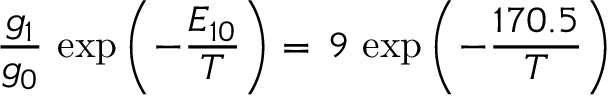
\frac { g _ { 1 } } { g _ { 0 } } \, \exp \left( - \frac { E _ { 1 0 } } { T } \right) = \, 9 \, \exp \left( - \frac { 1 7 0 . 5 } { T } \right)